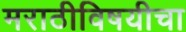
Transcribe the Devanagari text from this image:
मराठीविषयीचा